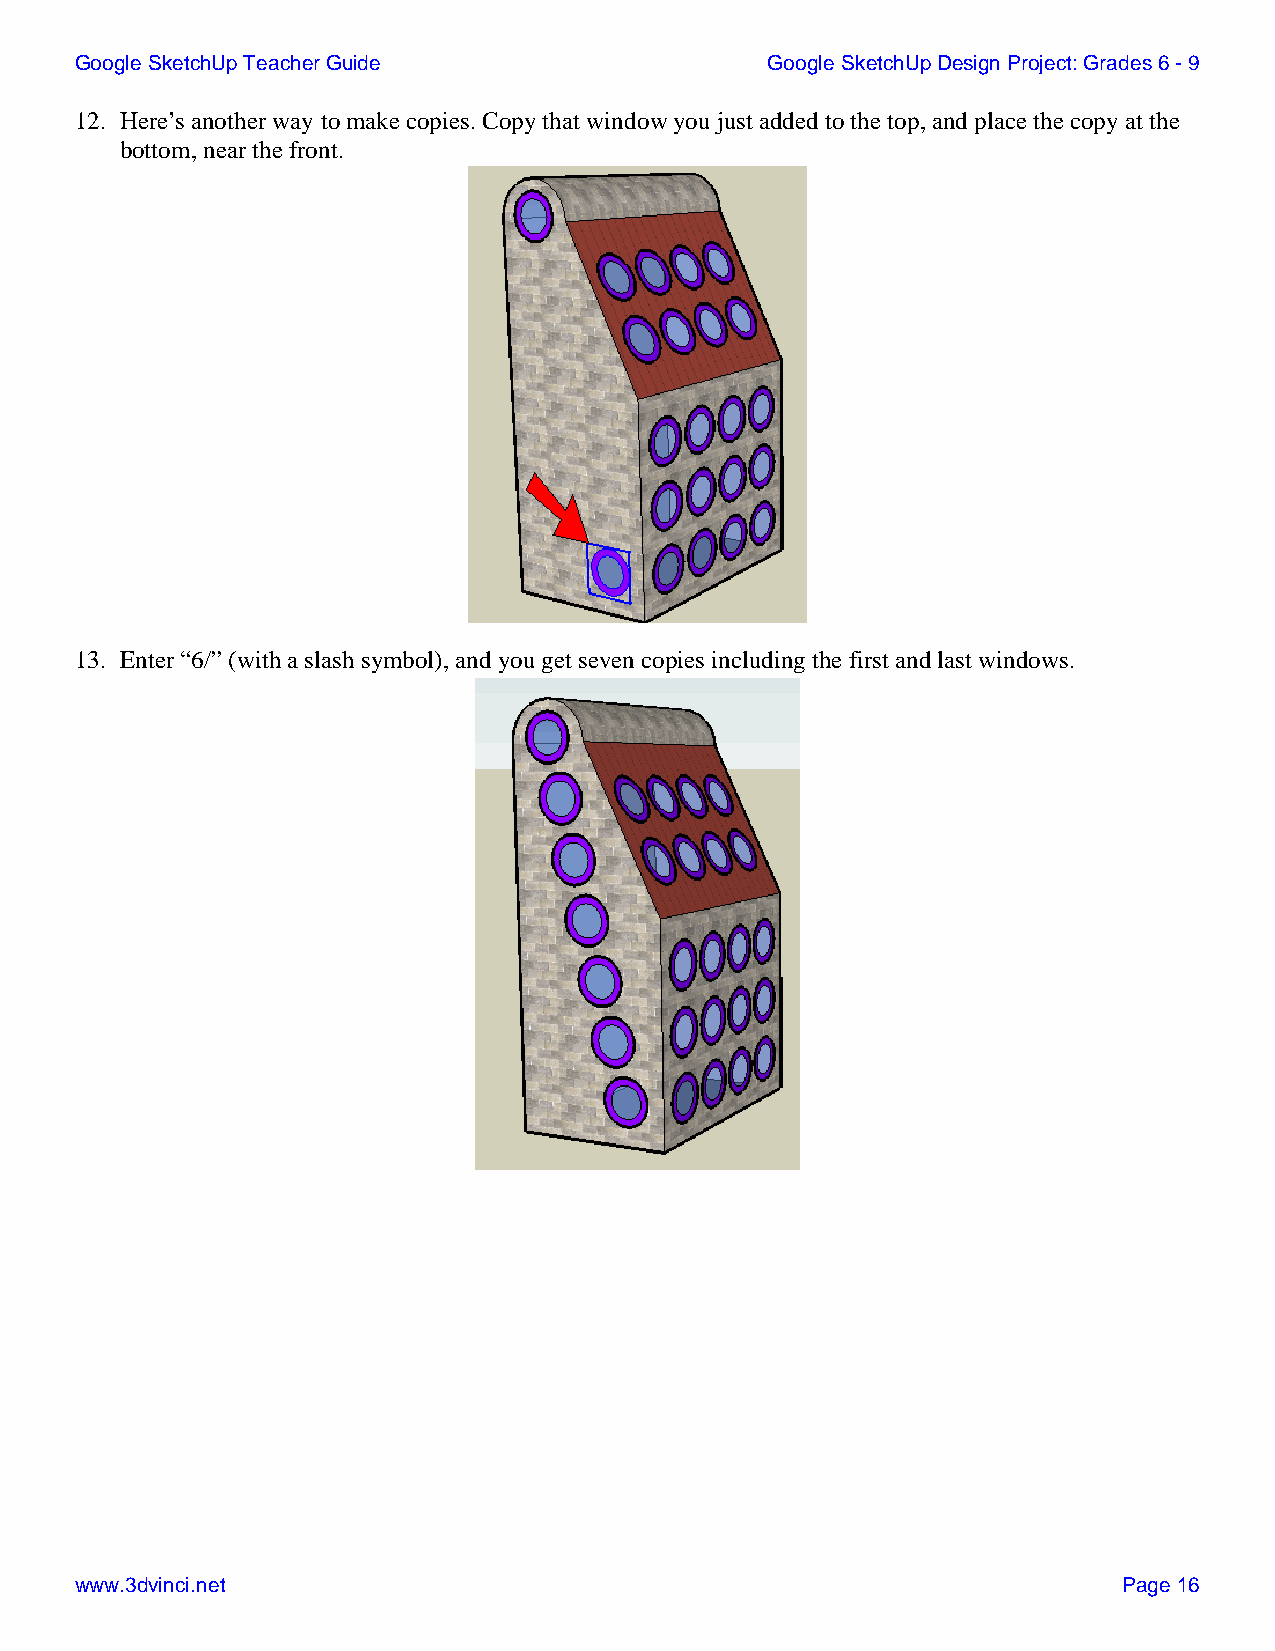
Google SketchUp Teacher Guide                 Google SketchUp Design Project: Grades 6 - 9
 12. Here’s another way to make copies. Copy that window you just added to the top, and place the copy at the
 bottom, near the front.
 13. Enter “6/” (with a slash symbol), and you get seven copies including the first and last windows.
 www.3dvinci.net                                                      Page 16